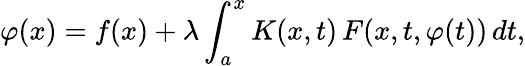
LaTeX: \varphi(x)=f(x)+\lambda\int_{a}^{x}K(x,t)\, F(x,t,\varphi(t))\, dt,